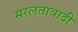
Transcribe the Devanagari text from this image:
सरलतावादी